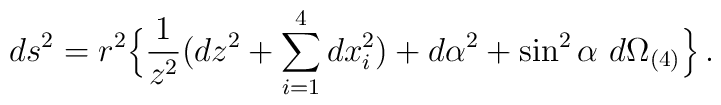
ds^2 = r^2 \Bigl\{ \frac{1}{z^2} (dz^2 + \sum_{i=1}^4 dx_i^2)+ d\alpha^2 + \sin^2\alpha \ d\Omega_{(4)} \Bigr\} \,.